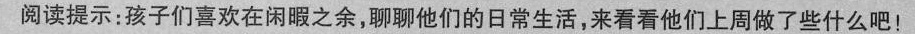
阅读提示：孩子们喜欢在闲暇之余，聊聊他们的日常生活，来看看他们上周做了些什么吧！